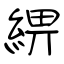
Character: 綥